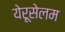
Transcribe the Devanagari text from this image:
येरूसेलम